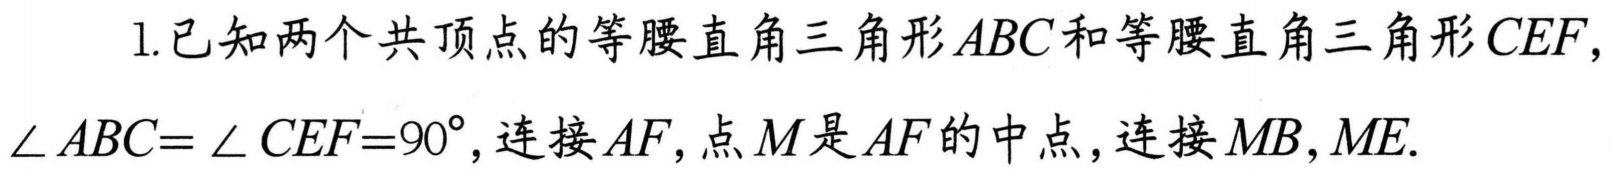
1.已知两个共顶点的等腰直角三角形$ABC$和等腰直角三角形$CEF,$$\angle ABC = \angle CEF = 90^{\circ}$, 连接$AF$, 点$M$是$AF$的中点, 连接$MB,ME.$